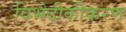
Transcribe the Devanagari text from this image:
विभेदीकीकरण